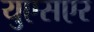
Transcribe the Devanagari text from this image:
युएसएर